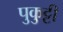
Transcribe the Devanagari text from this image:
पुकुट्टी